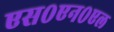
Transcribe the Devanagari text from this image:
एस०एन०एल